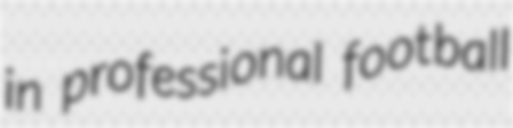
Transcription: in professional football